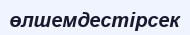
өлшемдестірсек